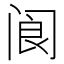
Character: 阆